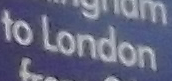
to London